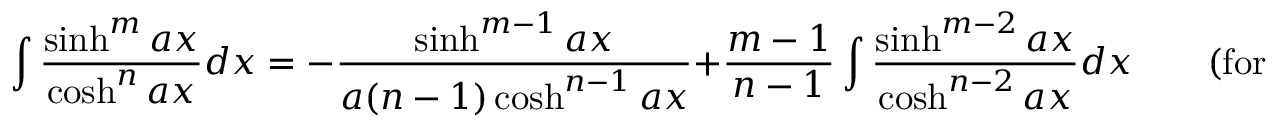
\int { \frac { \sinh ^ { m } a x } { \cosh ^ { n } a x } } d x = - { \frac { \sinh ^ { m - 1 } a x } { a ( n - 1 ) \cosh ^ { n - 1 } a x } } + { \frac { m - 1 } { n - 1 } } \int { \frac { \sinh ^ { m - 2 } a x } { \cosh ^ { n - 2 } a x } } d x \qquad { \mathrm { ( f o r ~ } } n \neq 1 { \mathrm { ) } }